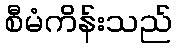
စီမံကိန်းသည်